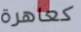
كعاهرة